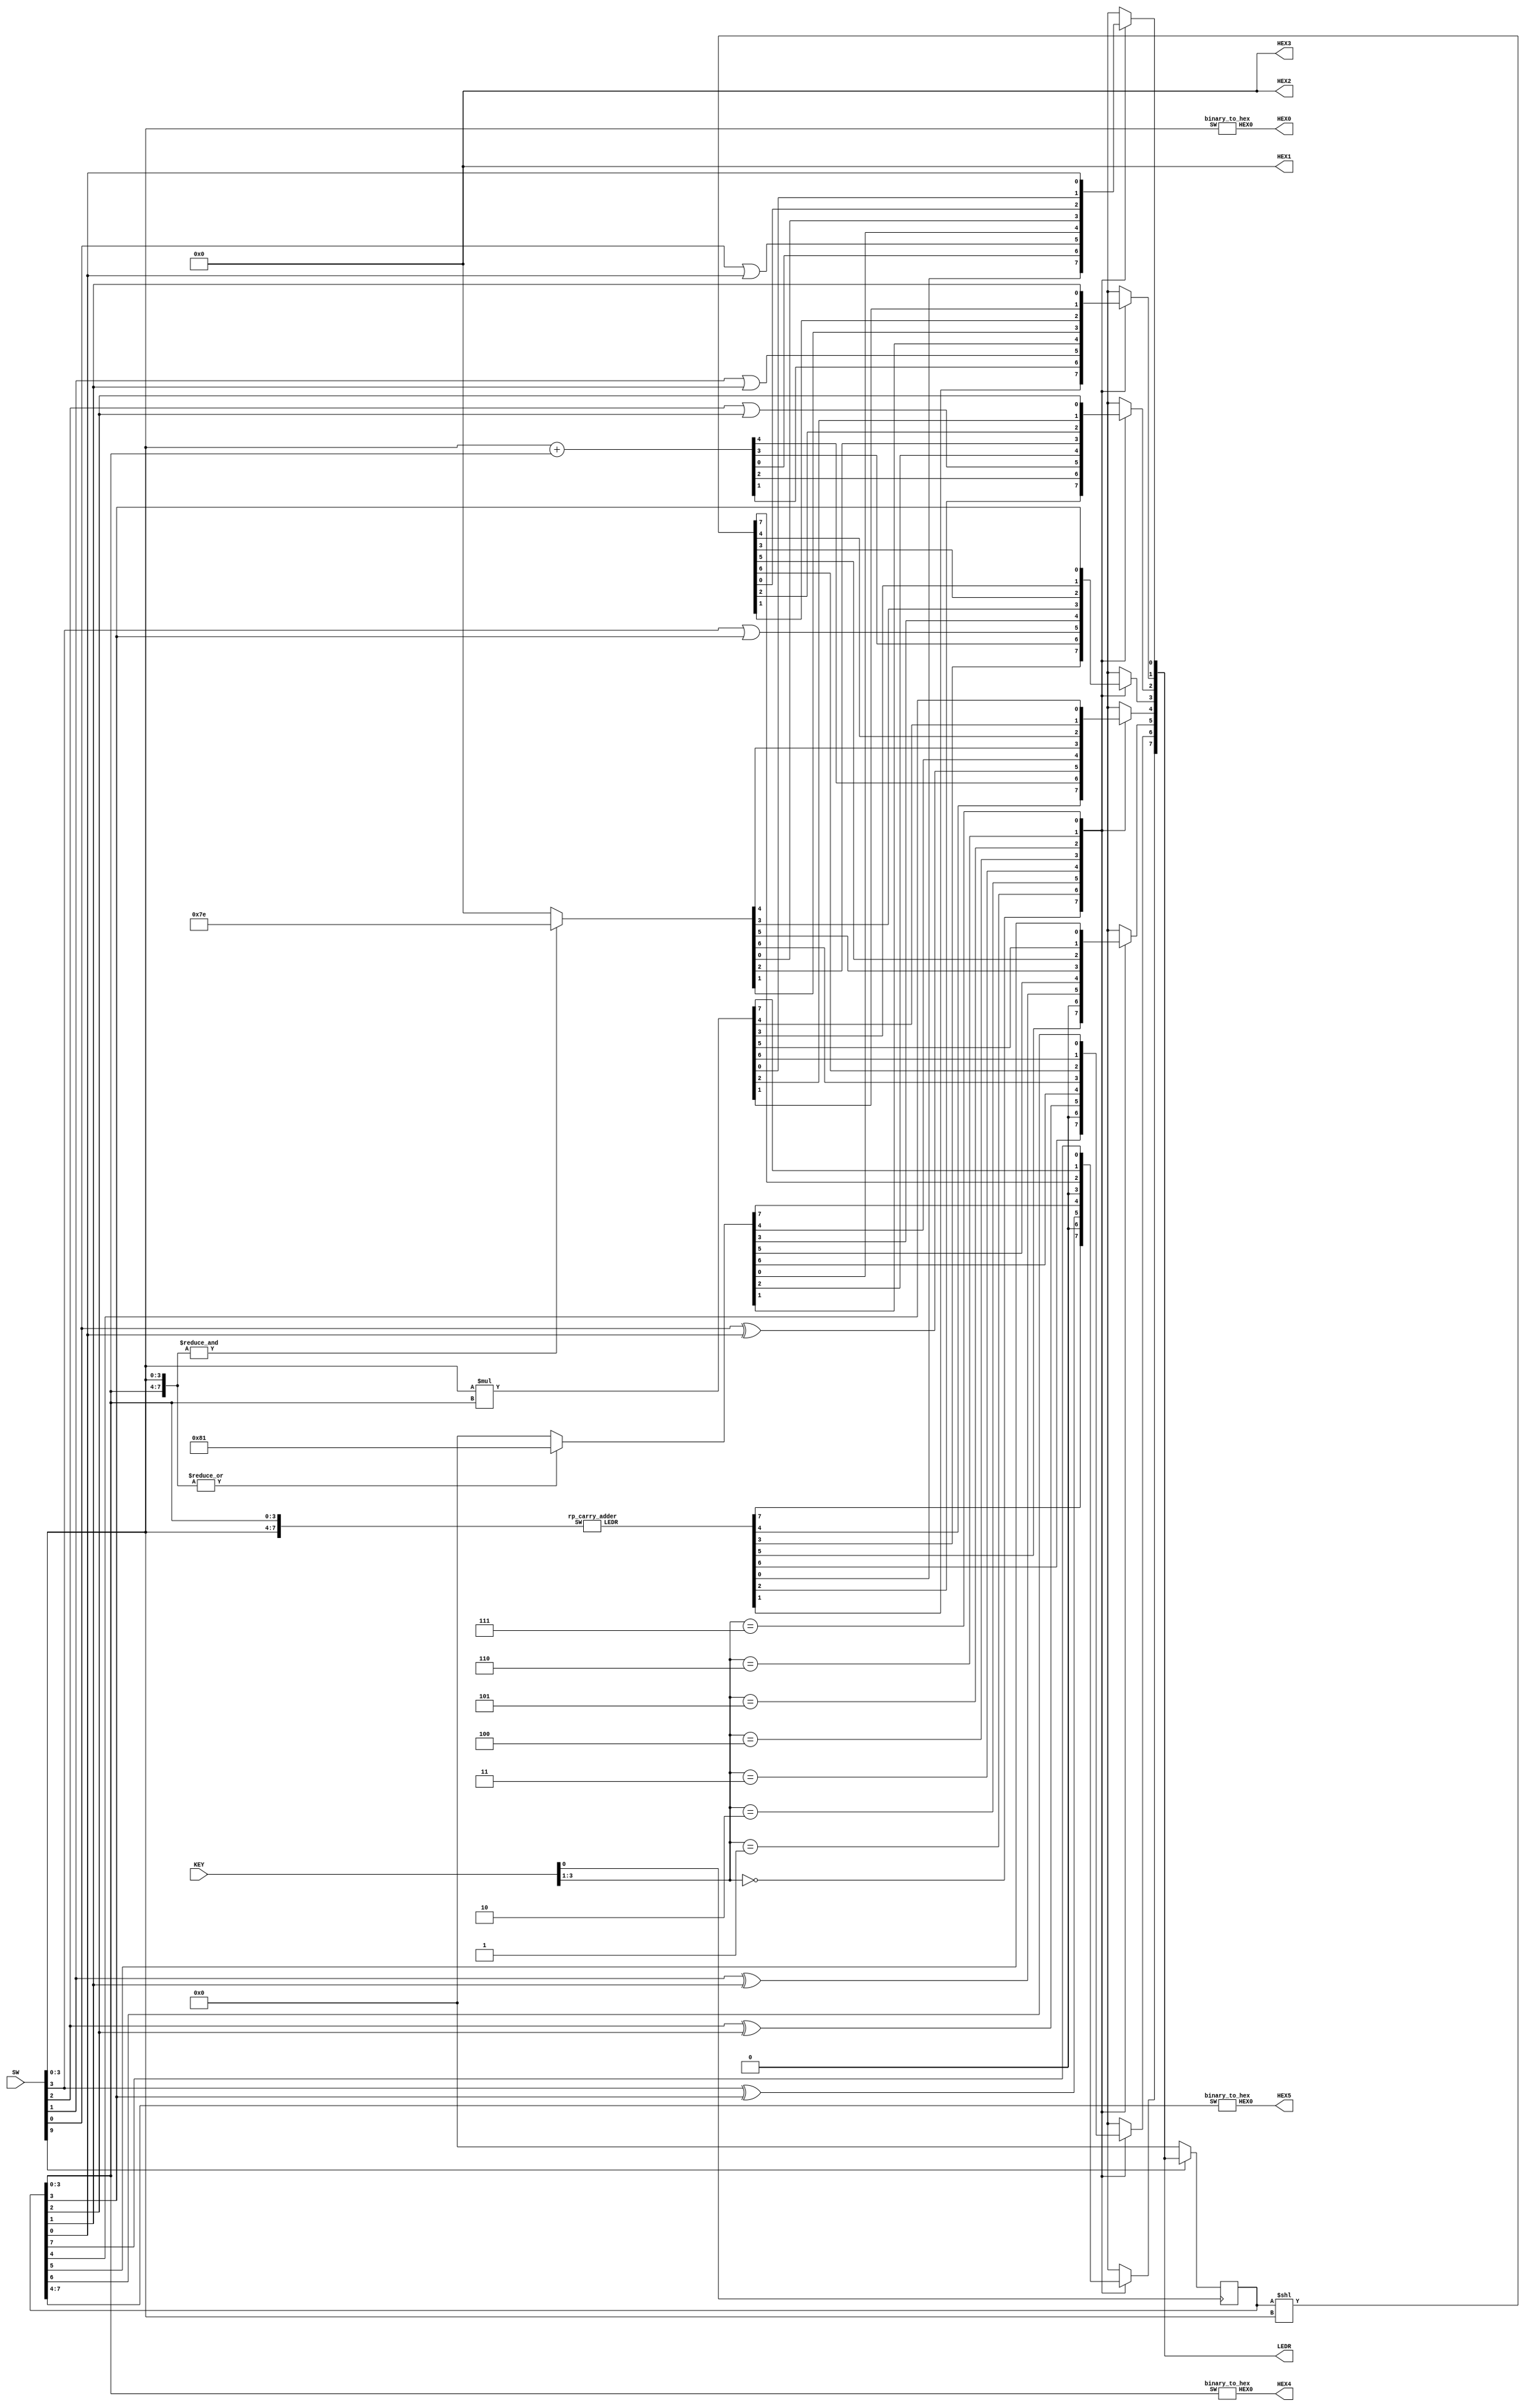
module lab4p22(SW, KEY, HEX0, HEX1,HEX2,HEX3,HEX4,HEX5,LEDR);


input [9:0] SW;
input [3:0] KEY;

output [7:0] LEDR;

output [6:0] HEX0;
output [6:0] HEX1;
output [6:0] HEX2;
output [6:0] HEX3;
output [6:0] HEX4;
output [6:0] HEX5;

reg [7:0] ALUout;
reg [7:0] ALUreg;

assign  LEDR [7:0] =ALUout;


wire [3:0] A;
wire [3:0] B;


assign A = SW [3:0];


assign HEX1 = 7'b0000000;
assign HEX2 = 7'b0000000;
assign HEX3 = 7'b0000000;


assign B=ALUreg [3:0];


always @ (posedge KEY[0])
begin


if (SW[9]==0)
ALUreg<= 8'b00000000;
else
ALUreg<=ALUout;

end
binary_to_hex a1 (A, HEX0);

binary_to_hex a3 (ALUreg[3:0], HEX4) ;

binary_to_hex a4 (ALUreg [7:4], HEX5) ;

wire [7:0] case0;

wire [7:0] A_and_B;
assign A_and_B = {A,B};
rp_carry_adder adder0(A_and_B, case0);


		
integer A_int;
always @(A)
A_int=A;



always @ (*) 
begin 

case ((KEY[3:1]))

3'b000: 
begin
 ALUout=case0;
 end

3'b001:
begin
ALUout [7:5] =3'b000;
 ALUout [4:0]=A+B;
end
3'b010:
begin
 ALUout[7]=A[3]^B[3] ;
 ALUout[6]=A[2]^B[2] ;
 ALUout[5]= A[1]^B[1];
 ALUout[4]=A[0]^B[0] ;
 ALUout[3]= A[3]|B[3];
 ALUout[2]= A[2]|B[2];
 ALUout[1]= A[1]|B[1];
 ALUout[0]= A[0]|B[0];
 end
3'b011:
begin



if (|(A_and_B))
 ALUout = 8'b10000001;
else 
 ALUout = 8'b00000000;




end


3'b100:
begin


if (&(A_and_B))
 ALUout = 8'b01111110;
else 
 ALUout = 8'b00000000;


end


3'b101:
begin

ALUout = ALUreg << A_int;
end

3'b110:  
begin 

ALUout=A*B;

end

3'b111:
ALUout=ALUreg;


default:
ALUout = 8'b00000000;

endcase

end
endmodule 


module binary_to_hex (SW, HEX0);


input [3:0] SW;
output [6:0] HEX0;

assign HEX0[0] = ~((SW[3] | SW[2] | SW[1] | ~SW[0]) & (~SW[3] | SW[2] | ~SW[1] | ~SW[0]) & (~SW[3] | ~SW[2] | SW[1] | ~SW[0]) && (SW[3] | ~SW[2] | SW[1] | SW[0]));



assign HEX0[1] = ~((SW[3] | ~SW[2] | SW[1] | ~SW[0]) & (SW[3] | ~SW[2] | ~SW[1] | SW[0]) & (~SW[3] | SW[2] | ~SW[1] | ~SW[0])&
						
						(~SW[3] | ~SW[2] | SW[1] | SW[0]) & (~SW[3] | ~SW[2] | ~SW[1] | SW[0]) & (~SW[3] | ~SW[2] | ~SW[1] | ~SW[0]) );
						
						

assign HEX0[2] = ~((SW[3] | SW[2] | ~SW[1] | SW[0]) & (~SW[3] | ~SW[2] | SW[1] | SW[0]) &
		(~SW[3] | ~SW[2] | ~SW[1] | SW[0])   & (~SW[3] | ~SW[2] | ~SW[1] | ~SW[0]));


assign HEX0[3] = ~((SW[3] | SW[2] | SW[1] | ~SW[0]) & (SW[3] | ~SW[2] | SW[1] | SW[0]) & (SW[3] | ~SW[2] | ~SW[1] | ~SW[0]) &

						 & (~SW[3] | SW[2] | ~SW[1] | SW[0]) & (~SW[3] | ~SW[2] | ~SW[1] | ~SW[0]));


						
assign HEX0[4] = ~((SW[3] | SW[2] | SW[1] | ~SW[0]) & (SW[3] | SW[2] | ~SW[1] | ~SW[0]) & (SW[3] | ~SW[2] | SW[1] | SW[0])&
						
						(SW[3] | ~SW[2] | SW[1] | ~SW[0]) & (SW[3] | ~SW[2] | ~SW[1] | ~SW[0]) & (~SW[3] | SW[2] | SW[1] | ~SW[0]));
						

assign HEX0[5] = ~((SW[3] | SW[2] | SW[1] | ~SW[0]) & (SW[3] | SW[2] | ~SW[1] | SW[0]) & (SW[3] | SW[2] | ~SW[1] | ~SW[0])&
						
						(SW[3] | ~SW[2] | ~SW[1] | ~SW[0]) & (~SW[3] | ~SW[2] | SW[1] | ~SW[0]) );
						
assign HEX0[6] = ~((SW[3] | SW[2] | SW[1] | SW[0]) & (SW[3] | SW[2] | SW[1] | ~SW[0]) & (SW[3] | ~SW[2] | ~SW[1] | ~SW[0])&

						(~SW[3] | ~SW[2] | SW[1] | SW[0]) );
						
						endmodule
						

						//this code is a ripple carry adder


module rp_carry_adder(SW, LEDR);

input [7:0] SW;

output [7:0] LEDR;

//assign SW[8] = 0'b0

wire [3:0] carry;

fa x0 (SW[4], SW[0], 1'b0, carry[0], LEDR[0]);

fa x1 (SW[5], SW[1], carry[0], carry[1], LEDR[1]);

fa x2 (SW[6], SW[2], carry[1], carry[2], LEDR[2]);

fa x3 (SW[7], SW[3], carry[2], carry[3], LEDR[3]);

assign LEDR[4] = carry[3];
assign LEDR [7:5] = 3'b000;

endmodule







module fa (a,b,cin,cout,si);

input a, b, cin;

output cout, si;

assign si= cin ^ a ^ b;

assign cout= a&cin | a&b| b&cin ;

endmodule